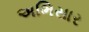
અભિસાર